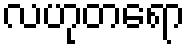
လဟုတရော